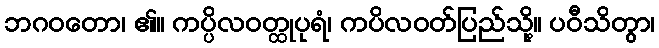
ဘဂဝတော၊ ၏။ ကပ္ပိလဝတ္ထုပုရံ၊ ကပိလဝတ်ပြည်သို့။ ပဝီသိတွာ၊